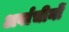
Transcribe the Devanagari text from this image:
अर्वाचीनों